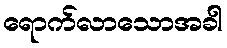
ရောက်လာသောအခါ